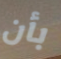
بأن